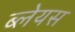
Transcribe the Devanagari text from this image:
ब्लेयस